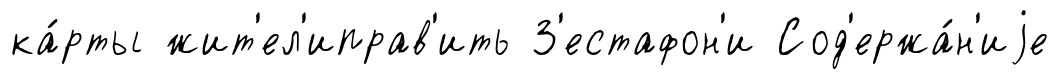
ка́рты жит'ел'иправ'ить З'естафон'и Сод'ержа́н'иjе